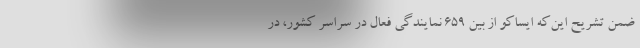
ضمن تشریح این‌که ایساکو از بین ۶۵۹ نمایندگی فعال در سراسر کشور، در